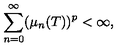
\sum _ { n = 0 } ^ { \infty } ( { \mu } _ { n } ( T ) ) ^ { p } < { \infty } ,